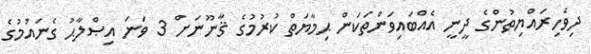
ދިވެހިރައްޔިތުންގެ ދީނީ އެއްބައިވަންތަކަން ޙިމާޔަތް ކުރުމުގެ ޤާނޫނަށް 3 ވަނަ އިޞްލާޙު ގެނައުމުގެ